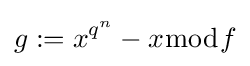
g:=x^{q^{n}}-x{\bmod {f}}